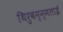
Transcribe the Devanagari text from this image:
थिरुवन्न्मलाई